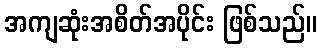
အကျဆုံးအစိတ်အပိုင်း ဖြစ်သည်။